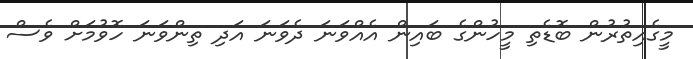
މީގެއިތުރުން ބޮޑެތި މީހުންގެ ބައިން އެއްވަނަ ދެވަނަ އަދި ތިންވަނަ ހޮވުމަށް ވެސް